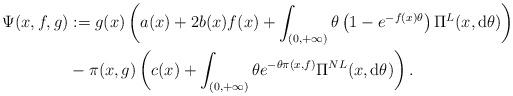
LaTeX: \begin{align*}\Psi(x,f,g)&:=g(x)\left(a(x)+2b(x)f(x)+\int_{(0,+\infty)}\theta\left(1-e^{-f(x)\theta}\right)\Pi^{L}(x,{\rm d}\theta)\right)\\&-\pi(x,g)\left(c(x)+\int_{(0,+\infty)}\theta e^{-\theta\pi(x,f)}\Pi^{NL}(x,{\rm d}\theta)\right).\end{align*}